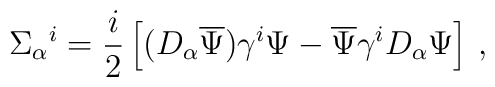
\Sigma_\alpha{}^i= \frac{i}{2} \left[(D_\alpha\overline{\Psi})    \gamma^i\Psi - \overline{\Psi} \gamma^i D_\alpha\Psi \right]\, ,